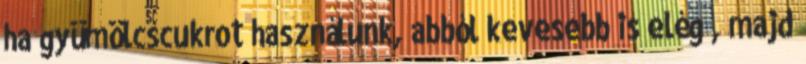
ha gyümölcscukrot használunk, abból kevesebb is elég , majd